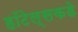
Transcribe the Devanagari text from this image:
हॉटेल्सकडे